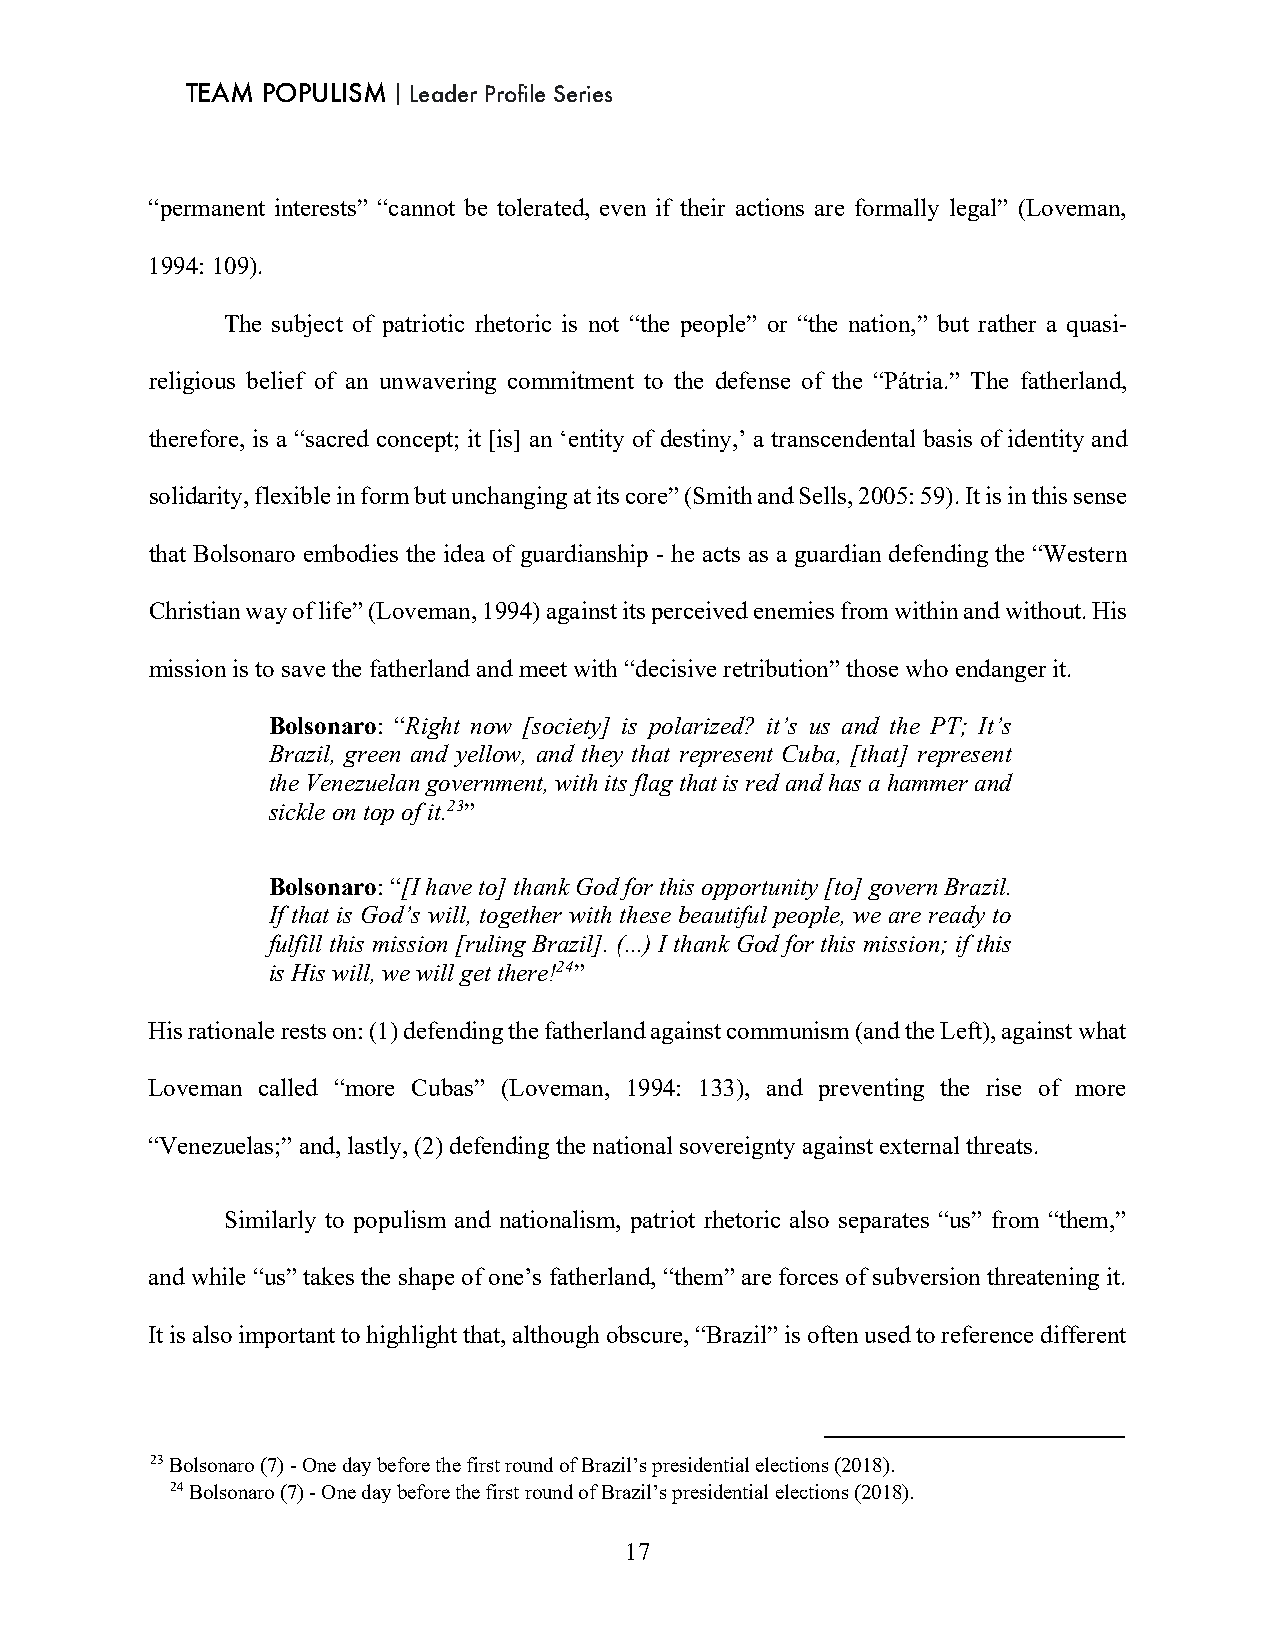
TEAM POPULISM｜Leader Profile Series
 “permanent interests” “cannot be tolerated, even if their actions are formally legal” (Loveman,
 1994: 109).
 The subject of patriotic rhetoric is not “the people” or “the nation,” but rather a quasi-
 religious belief of an unwavering commitment to the defense of the “Pátria.” The fatherland,
 therefore, is a “sacred concept; it [is] an ‘entity of destiny,’ a transcendental basis of identity and
 solidarity, flexible in form but unchanging at its core” (Smith and Sells, 2005: 59). It is in this sense
 that Bolsonaro embodies the idea of guardianship - he acts as a guardian defending the “Western
 Christian way of life” (Loveman, 1994) against its perceived enemies from within and without. His
 mission is to save the fatherland and meet with “decisive retribution” those who endanger it.
 Bolsonaro: “Right now [society] is polarized? it’s us and the PT; It’s
 Brazil, green and yellow, and they that represent Cuba, [that] represent
 the Venezuelan government, with its flag that is red and has a hammer and
 sickle on top of it.23”
 Bolsonaro: “[I have to] thank God for this opportunity [to] govern Brazil.
 If that is God’s will, together with these beautiful people, we are ready to
 fulfill this mission [ruling Brazil]. (...) I thank God for this mission; if this
 is His will, we will get there!24”
 His rationale rests on: (1) defending the fatherland against communism (and the Left), against what
 Loveman called “more Cubas” (Loveman, 1994: 133), and preventing the rise of more
 “Venezuelas;” and, lastly, (2) defending the national sovereignty against external threats.
 Similarly to populism and nationalism, patriot rhetoric also separates “us” from “them,”
 and while “us” takes the shape of one’s fatherland, “them” are forces of subversion threatening it.
 It is also important to highlight that, although obscure, “Brazil” is often used to reference different
 23 Bolsonaro (7) - One day before the first round of Brazil’s presidential elections (2018).
 24 Bolsonaro (7) - One day before the first round of Brazil’s presidential elections (2018).
 17